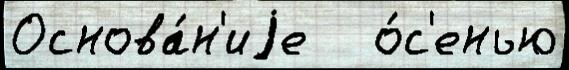
Основа́н'иjе   о́с'енью